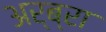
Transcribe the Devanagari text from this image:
अर्ब्रा